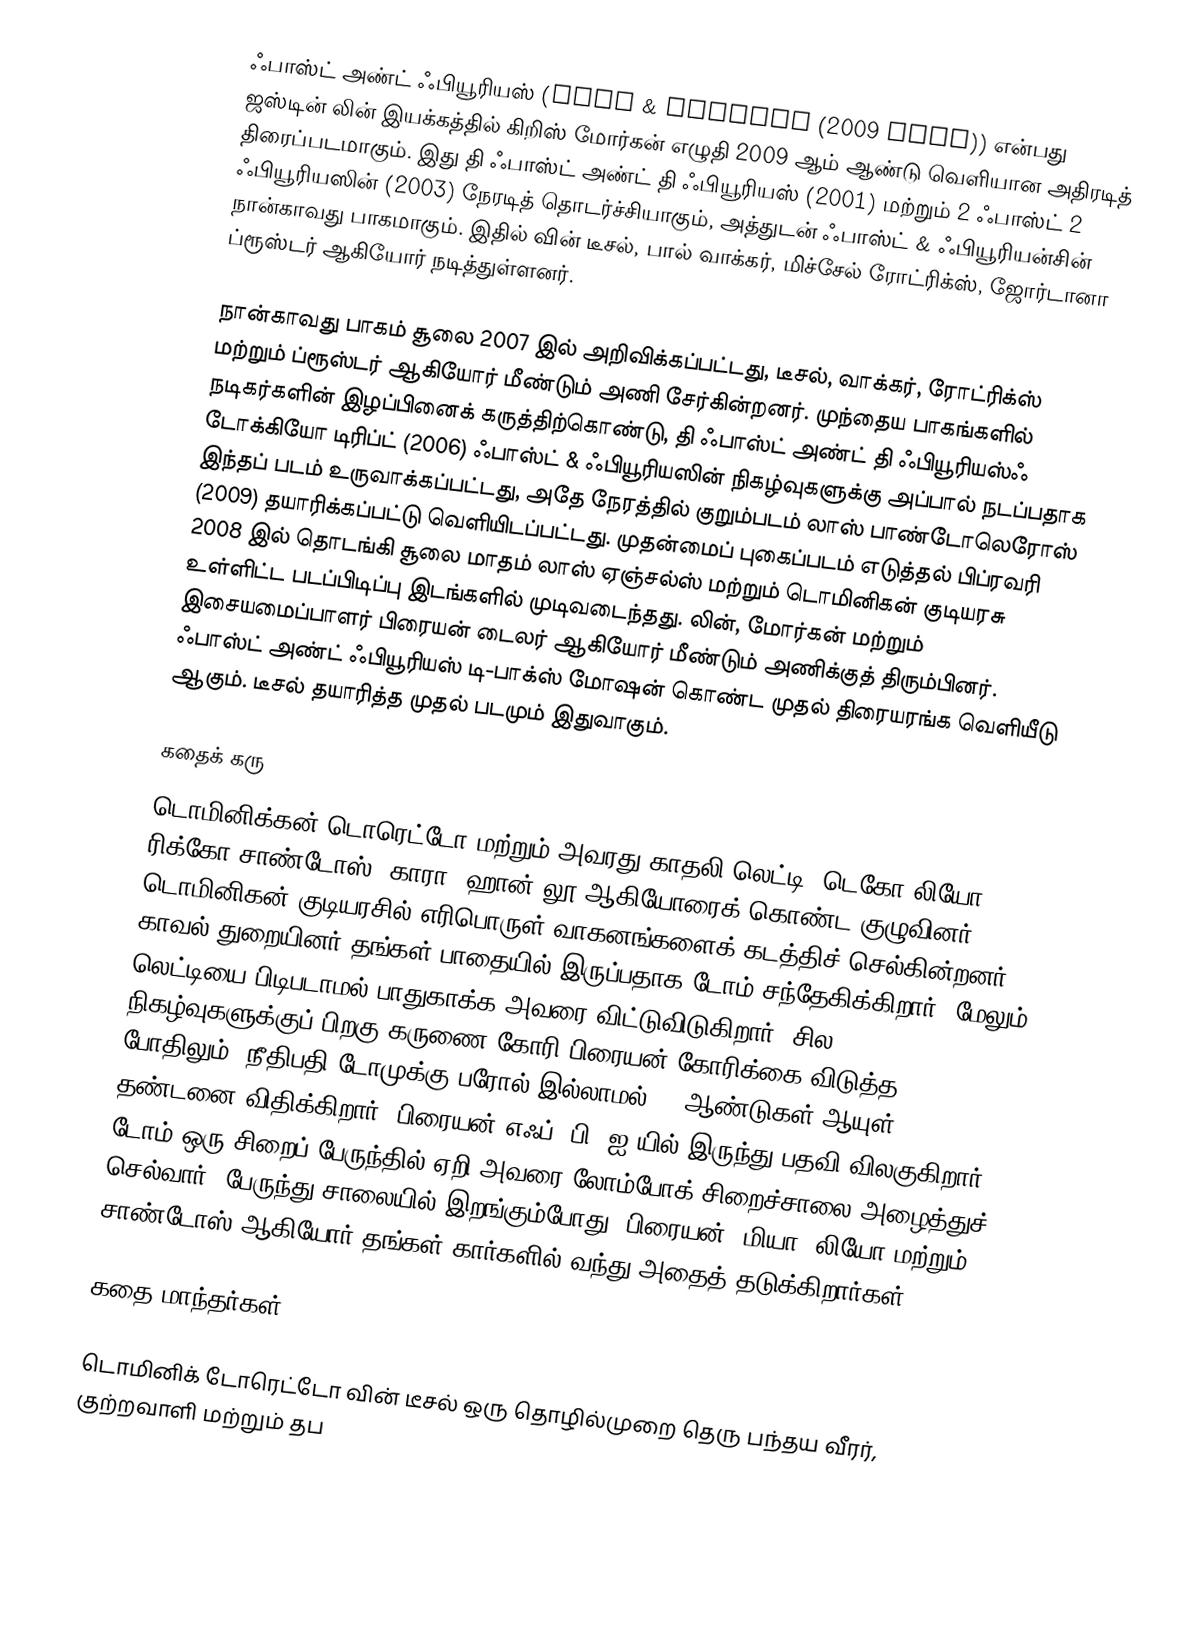
ஃபாஸ்ட் அண்ட் ஃபியூரியஸ் (Fast & Furious (2009 film)) என்பது ஜஸ்டின் லின் இயக்கத்தில் கிறிஸ் மோர்கன் எழுதி 2009 ஆம் ஆண்டு வெளியான அதிரடித் திரைப்படமாகும். இது தி ஃபாஸ்ட் அண்ட் தி ஃபியூரியஸ் (2001) மற்றும் 2 ஃபாஸ்ட் 2 ஃபியூரியஸின் (2003) நேரடித் தொடர்ச்சியாகும், அத்துடன் ஃபாஸ்ட் & ஃபியூரியன்சின் நான்காவது பாகமாகும். இதில் வின் டீசல், பால் வாக்கர், மிச்சேல் ரோட்ரிக்ஸ், ஜோர்டானா ப்ரூஸ்டர் ஆகியோர் நடித்துள்ளனர்.

நான்காவது பாகம் சூலை 2007 இல் அறிவிக்கப்பட்டது, டீசல், வாக்கர், ரோட்ரிக்ஸ் மற்றும் ப்ரூஸ்டர் ஆகியோர் மீண்டும் அணி சேர்கின்றனர். முந்தைய பாகங்களில் நடிகர்களின் இழப்பினைக் கருத்திற்கொண்டு, தி ஃபாஸ்ட் அண்ட் தி ஃபியூரியஸ்ஃ டோக்கியோ டிரிப்ட் (2006) ஃபாஸ்ட் & ஃபியூரியஸின் நிகழ்வுகளுக்கு அப்பால் நடப்பதாக இந்தப் படம் உருவாக்கப்பட்டது, அதே நேரத்தில் குறும்படம் லாஸ் பாண்டோலெரோஸ் (2009) தயாரிக்கப்பட்டு வெளியிடப்பட்டது. முதன்மைப் புகைப்படம் எடுத்தல் பிப்ரவரி 2008 இல் தொடங்கி சூலை மாதம் லாஸ் ஏஞ்சல்ஸ் மற்றும் டொமினிகன் குடியரசு உள்ளிட்ட படப்பிடிப்பு இடங்களில் முடிவடைந்தது. லின், மோர்கன் மற்றும் இசையமைப்பாளர் பிரையன் டைலர் ஆகியோர் மீண்டும் அணிக்குத் திரும்பினர். ஃபாஸ்ட் அண்ட் ஃபியூரியஸ் டி-பாக்ஸ் மோஷன் கொண்ட முதல் திரையரங்க வெளியீடு ஆகும். டீசல் தயாரித்த முதல் படமும் இதுவாகும்.

கதைக் கரு
டொமினிக்கன் டொரெட்டோ மற்றும் அவரது காதலி லெட்டி, டெகோ லியோ, ரிக்கோ சாண்டோஸ், காரா, ஹான் லூ ஆகியோரைக் கொண்ட குழுவினர் டொமினிகன் குடியரசில் எரிபொருள் வாகனங்களைக் கடத்திச் செல்கின்றனர். காவல் துறையினர் தங்கள் பாதையில் இருப்பதாக டோம் சந்தேகிக்கிறார், மேலும் லெட்டியை பிடிபடாமல் பாதுகாக்க அவரை விட்டுவிடுகிறார். சில நிகழ்வுகளுக்குப் பிறகு கருணை கோரி பிரையன் கோரிக்கை விடுத்த போதிலும், நீதிபதி டோமுக்கு பரோல் இல்லாமல் 25 ஆண்டுகள் ஆயுள் தண்டனை விதிக்கிறார். பிரையன் எஃப். பி. ஐ-யில் இருந்து பதவி விலகுகிறார், டோம் ஒரு சிறைப் பேருந்தில் ஏறி அவரை லோம்போக் சிறைச்சாலை அழைத்துச் செல்வார். பேருந்து சாலையில் இறங்கும்போது, பிரையன், மியா, லியோ மற்றும் சாண்டோஸ் ஆகியோர் தங்கள் கார்களில் வந்து அதைத் தடுக்கிறார்கள்.

கதை மாந்தர்கள்

 டொமினிக் டோரெட்டோ வின் டீசல் ஒரு தொழில்முறை தெரு பந்தய வீரர், குற்றவாளி மற்றும் தப